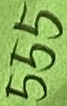
Text: 555